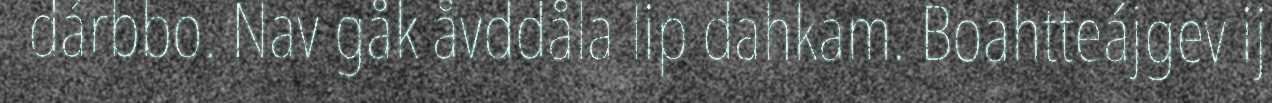
dárbbo. Nav gåk åvddåla lip dahkam. Boahtteájgev ij